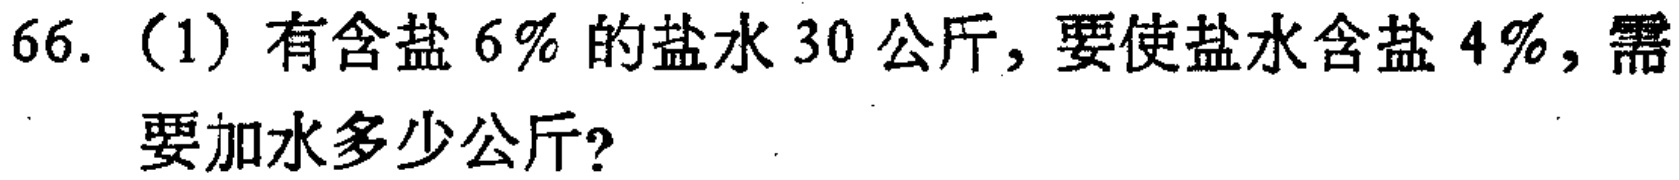
66.（1）有含盐\(6\%\)的盐水\(30\)公斤，要使盐水含盐\(4\%\)，需要加水多少公斤？